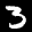
Label: 3